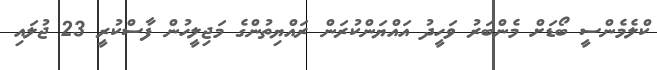
ކްލެމެންސީ ބޯޑަށް މެންބަރު ވަހީދު އައްޔަންކުރަން ރައްޔިތުންގެ މަޖިލީހުން ފާސްކުރީ 23 ޖުލައި